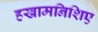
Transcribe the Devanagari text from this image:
हखामनिशिए